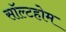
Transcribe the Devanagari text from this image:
सॉल्टहोम